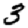
Digit: 3